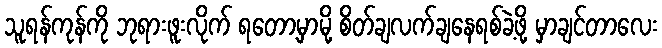
သူရန်ကုန်ကို ဘုရားဖူးလိုက် ရတော့မှာမို့ စိတ်ချလက်ချနေရစ်ခဲ့ဖို့ မှာချင်တာလေး